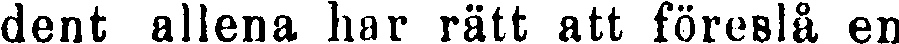
dent allena har rätt att föreslå en